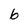
Character: 6